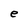
Character: e